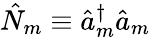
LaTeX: \hat{N}_{m}\equiv\hat{a}_{m}^{\dagger}\hat{a}_{m}